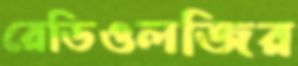
রেডিওলজির